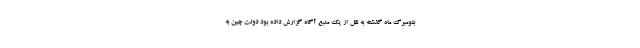
بلومبرگ ماه گذشته به نقل از یک منبع آگاه گزارش داده بود دولت چین به